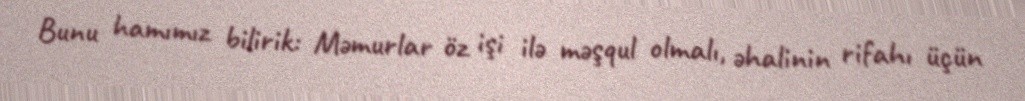
Bunu hamımız bilirik: Məmurlar öz işi ilə məşqul olmalı, əhalinin rifahı üçün